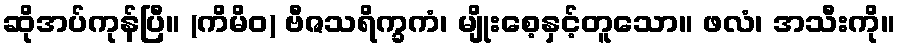
ဆိုအပ်ကုန်ပြီ။ (ကိမိဝ) ဗီဇသရိက္ခကံ၊ မျိုးစေ့နှင့်တူသော။ ဖလံ၊ အသီးကို။